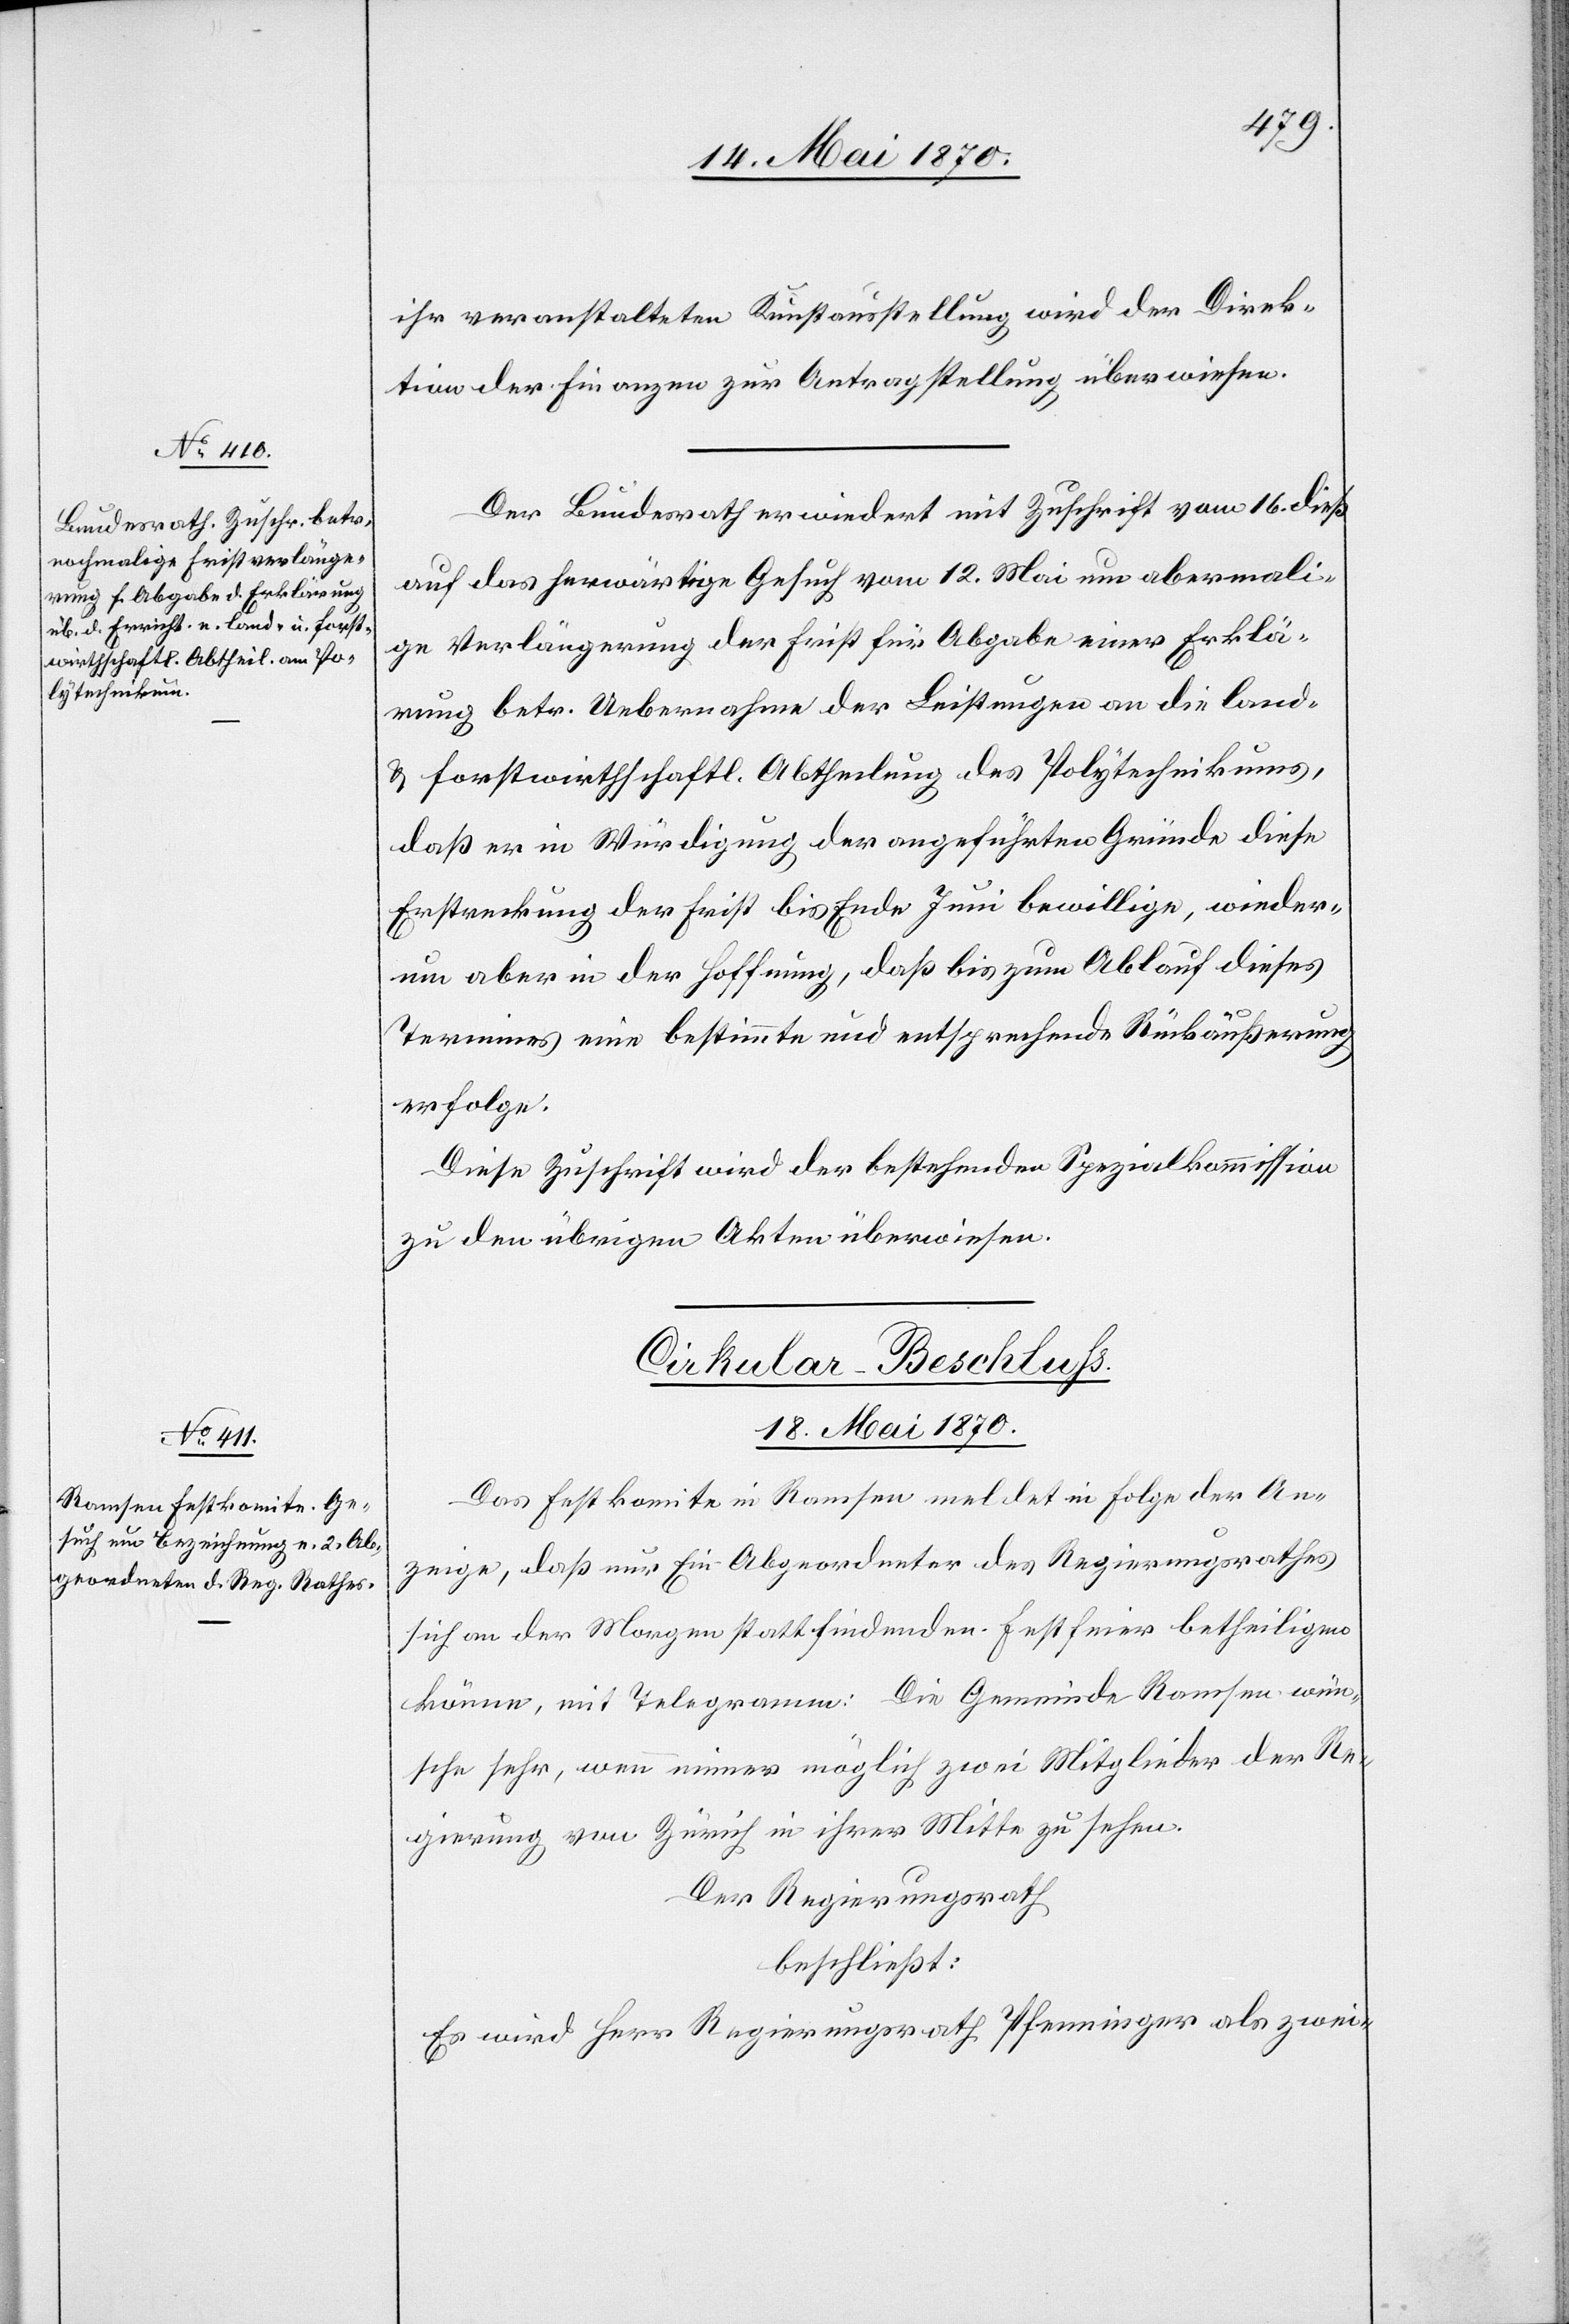
ihr veranstalteten Kunstausstellung wird der Direk¬
tion der Finanzen zur Antragstellung überwiesen.
Der Bundesrath erwiedert mit Zuschrift vom 16. dieß
auf das herwärtige Gesuch vom 12. Mai um abermali¬
ge Verlängerung der Frist für Abgabe einer Erklä¬
rung betr. Uebernahme der Leistungen an die land-
& forstwirthschaftl. Abtheilung des Polytechnikums,
daß er in Würdigung der angeführten Gründe diese
Erstreckung der Frist bis Ende Juni bewillige, wieder¬
um aber in der Hoffnung, daß bis zum Ablauf dieses
Termines eine bestimmte und entsprechende Rückäußerung
erfolge.
Diese Zuschrift wird der bestehenden Spezialkommission
zu den übrigen Akten überwiesen.
Cirkular-Beschluß.
18. Mai 1870.
Das Festkomite in Ramsen meldet in Folge der An¬
zeige, daß nur ein Abgeordneter des Regierungsrathes
sich an der Morgen stattfindenden Festfeier betheiligen
könne, mit Telegramm: Die Gemeinde Ramsen wün¬
sche sehr, wenn immer möglich zwei Mitglieder der Re¬
gierung von Zürich in ihrer Mitte zu sehen.
Der Regierungsrath
beschließt:
Es wird Herr Regierungsrath Pfenninger als zwei-